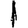
Digit: 1